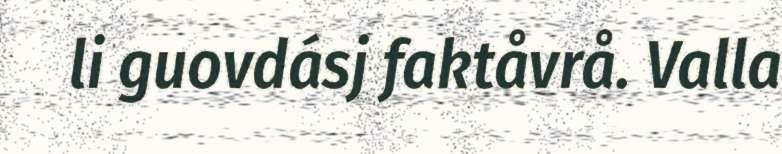
li guovdásj faktåvrå. Valla